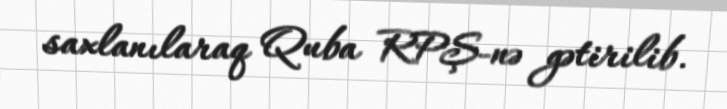
saxlanılaraq Quba RPŞ-nə gətirilib.